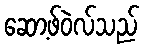
ဆော့ဖ်ဝဲလ်သည်